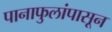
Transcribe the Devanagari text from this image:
पानाफुलांपासून